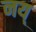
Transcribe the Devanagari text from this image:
नय्